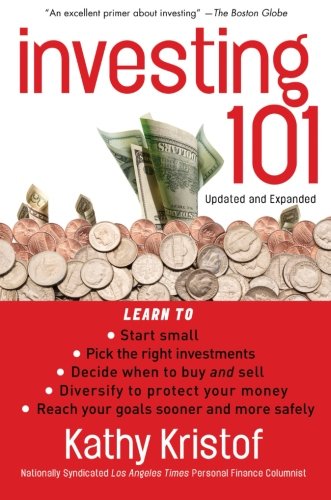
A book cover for Investing 101; Kathy Kristof; Business & Money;